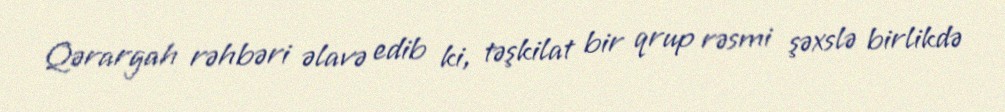
Qərargah rəhbəri əlavə edib ki, təşkilat bir qrup rəsmi şəxslə birlikdə